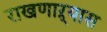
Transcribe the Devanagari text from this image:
राखणाऱ्यास